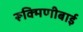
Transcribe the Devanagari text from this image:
रूक्मिणीबाई